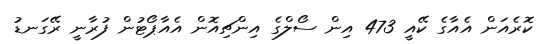
ކޮރެއަން އެއާގެ ކޭއީ 473 އިން ސޯލްގެ އިންޗިއޮން އެއާޕޯޓުން ފުރާނީ ރޭގަނޑު